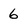
Character: 6